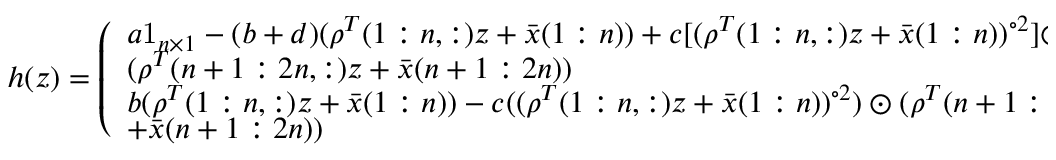
\begin{array} { r } { h ( z ) = \left( \begin{array} { l } { a \mathrm { 1 } _ { n \times 1 } - ( b + d ) ( \rho ^ { T } ( 1 : n , : ) z + \bar { x } ( 1 : n ) ) + c [ ( \rho ^ { T } ( 1 : n , : ) z + \bar { x } ( 1 : n ) ) ^ { \circ 2 } ] \odot } \\ { ( \rho ^ { T } ( n + 1 : 2 n , : ) z + \bar { x } ( n + 1 : 2 n ) ) } \\ { b ( \rho ^ { T } ( 1 : n , : ) z + \bar { x } ( 1 : n ) ) - c ( ( \rho ^ { T } ( 1 : n , : ) z + \bar { x } ( 1 : n ) ) ^ { \circ 2 } ) \odot ( \rho ^ { T } ( n + 1 : 2 n , : ) z } \\ { + \bar { x } ( n + 1 : 2 n ) ) } \end{array} \right) } \end{array}